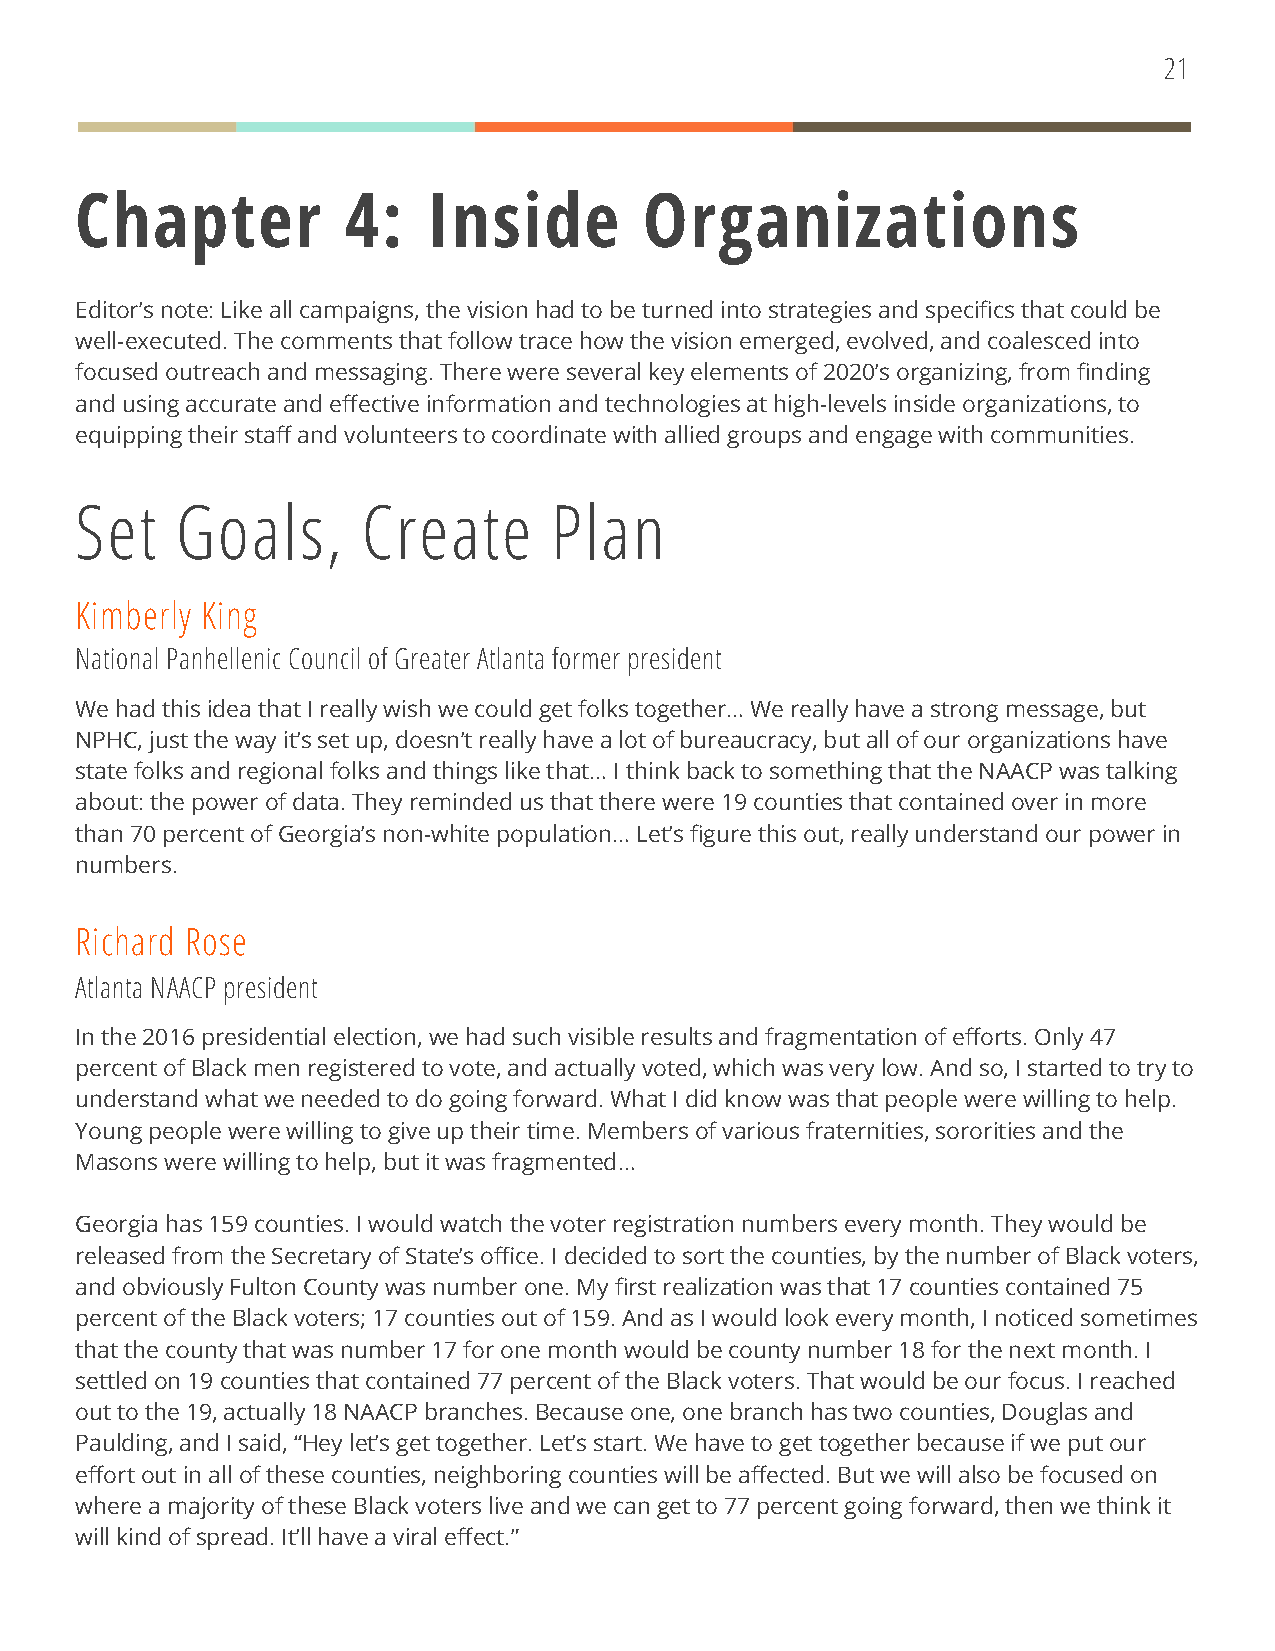
21
 Chapter           4:   Inside         Organizations
 Editor’s note: Like all campaigns, the vision had to be turned into strategies and specifics that could be
 well-executed. The comments that follow trace how the vision emerged, evolved, and coalesced into
 focused outreach and messaging. There were several key elements of 2020’s organizing, from finding
 and using accurate and effective information and technologies at high-levels inside organizations, to
 equipping their staff and volunteers to coordinate with allied groups and engage with communities.
 Set    Goals,      Create      Plan
 Kimberly King
 National Panhellenic Council of Greater Atlanta former president
 We had this idea that I really wish we could get folks together… We really have a strong message, but
 NPHC, just the way it’s set up, doesn’t really have a lot of bureaucracy, but all of our organizations have
 state folks and regional folks and things like that… I think back to something that the NAACP was talking
 about: the power of data. They reminded us that there were 19 counties that contained over in more
 than 70 percent of Georgia’s non-white population… Let’s figure this out, really understand our power in
 numbers.
 Richard Rose
 Atlanta NAACP president
 In the 2016 presidential election, we had such visible results and fragmentation of efforts. Only 47
 percent of Black men registered to vote, and actually voted, which was very low. And so, I started to try to
 understand what we needed to do going forward. What I did know was that people were willing to help.
 Young people were willing to give up their time. Members of various fraternities, sororities and the
 Masons were willing to help, but it was fragmented…
 Georgia has 159 counties. I would watch the voter registration numbers every month. They would be
 released from the Secretary of State’s office. I decided to sort the counties, by the number of Black voters,
 and obviously Fulton County was number one. My first realization was that 17 counties contained 75
 percent of the Black voters; 17 counties out of 159. And as I would look every month, I noticed sometimes
 that the county that was number 17 for one month would be county number 18 for the next month. I
 settled on 19 counties that contained 77 percent of the Black voters. That would be our focus. I reached
 out to the 19, actually 18 NAACP branches. Because one, one branch has two counties, Douglas and
 Paulding, and I said, “Hey let’s get together. Let’s start. We have to get together because if we put our
 effort out in all of these counties, neighboring counties will be affected. But we will also be focused on
 where a majority of these Black voters live and we can get to 77 percent going forward, then we think it
 will kind of spread. It’ll have a viral effect.”